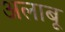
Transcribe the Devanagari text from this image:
अलाबू